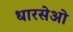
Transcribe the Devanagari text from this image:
धारसेओ